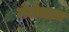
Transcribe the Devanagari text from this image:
मेलेलाच